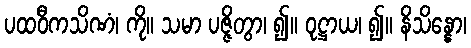
ပထဝီကသိဏံ၊ ကို။ သမာ ပဇ္ဇိတွာ၊ ၍။ ဝုဋ္ဌာယ၊ ၍။ နိသိန္နော၊